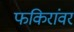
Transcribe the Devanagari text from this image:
फकिरांवर